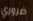
ضروري